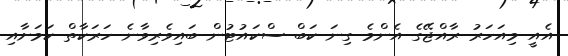
އެއީ މިއަހަރު ރާއްޖޭގެ އެންމެ ގިނަ ކަބް ސްކައުޓުން ބައިވެރިވާނެ ހަރަކާތް ކަމަށާއި